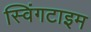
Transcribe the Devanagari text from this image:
स्विंगटाइम